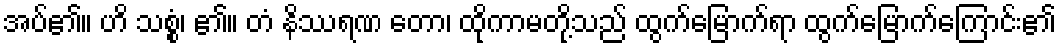
အပ်၏။ ဟိ သစ္စံ၊ ၏။ တံ နိဿရဏ တော၊ ထိုကာမတို့သည် ထွက်မြောက်ရာ ထွက်မြောက်ကြောင်း၏